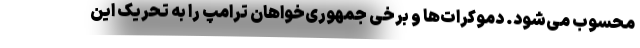
محسوب می‌شود. دموکرات‌ها و برخی جمهوری‌خواهان ترامپ را به تحریک این